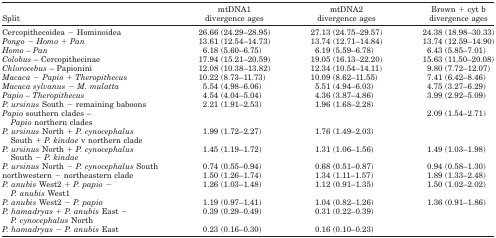
<table><thead><tr><td><b>Split</b></td><td><b>mtDNA1 divergence ages</b></td><td><b>mtDNA2 divergence ages</b></td><td><b>Brown + cyt b divergence ages</b></td></tr></thead><tbody><tr><td>Cercopithecoidea − Hominoidea</td><td>26.66 (24.29–28.95)</td><td>27.13 (24.75–29.57)</td><td>24.38 (18.98–30.33)</td></tr><tr><td><i>Pongo − Homo + Pan</i></td><td>13.61 (12.54–14.73)</td><td>13.74 (12.71–14.84)</td><td>13.74 (12.59–14.90)</td></tr><tr><td><i>Homo – Pan</i></td><td>6.18 (5.60–6.75)</td><td>6.19 (5.59–6.78)</td><td>6.43 (5.85–7.01)</td></tr><tr><td><i>Colobus</i> – Cercopithecinae</td><td>17.94 (15.21–20.59)</td><td>19.05 (16.13–22.20)</td><td>15.63 (11.50–20.08)</td></tr><tr><td><i>Chlorocebus</i> – Papionini</td><td>12.08 (10.38–13.82)</td><td>12.34 (10.54–14.11)</td><td>9.80 (7.72–12.07)</td></tr><tr><td><i>Macaca − Papio + Theropithecus</i></td><td>10.22 (8.73–11.73)</td><td>10.09 (8.62–11.55)</td><td>7.41 (6.42–8.46)</td></tr><tr><td><i>Macaca sylvanus − M. mulatta</i></td><td>5.54 (4.98–6.06)</td><td>5.51 (4.94–6.03)</td><td>4.75 (3.27–6.29)</td></tr><tr><td><i>Papio – Theropithecus</i></td><td>4.54 (4.04–5.04)</td><td>4.36 (3.87–4.86)</td><td>3.99 (2.92–5.09)</td></tr><tr><td><i>P. ursinus</i> South − remaining baboons</td><td>2.21 (1.91–2.53)</td><td>1.96 (1.68–2.28)</td><td></td></tr><tr><td><i>Papio</i> southern clades – <i>Papio</i> northern clades</td><td></td><td></td><td>2.09 (1.54–2.71)</td></tr><tr><td><i>P. ursinus</i> North + <i>P. cynocephalus</i> South + <i>P. kindae</i> v northern clade</td><td>1.99 (1.72–2.27)</td><td>1.76 (1.49–2.03)</td><td></td></tr><tr><td><i>P. ursinus</i> North + <i>P. cynocephalus</i> South − <i>P. kindae</i></td><td>1.45 (1.19–1.72)</td><td>1.31 (1.06–1.56)</td><td>1.49 (1.03–1.98)</td></tr><tr><td><i>P. ursinus</i> North − <i>P. cynocephalus</i> South</td><td>0.74 (0.55–0.94)</td><td>0.68 (0.51–0.87)</td><td>0.94 (0.58–1.30)</td></tr><tr><td>northwestern − northeastern clade</td><td>1.50 (1.26–1.74)</td><td>1.34 (1.11–1.57)</td><td>1.89 (1.33–2.48)</td></tr><tr><td><i>P. anubis</i> West2 + <i>P. papio</i> − <i>P. anubis</i> West1</td><td>1.26 (1.03–1.48)</td><td>1.12 (0.91–1.35)</td><td>1.50 (1.02–2.02)</td></tr><tr><td><i>P. anubis</i> West2 − <i>P. papio</i></td><td>1.19 (0.97–1.41)</td><td>1.04 (0.82–1.26)</td><td>1.36 (0.91–1.86)</td></tr><tr><td><i>P. hamadryas</i> + <i>P. anubis</i> East − <i>P. cynocephalus</i> North</td><td>0.39 (0.29–0.49)</td><td>0.31 (0.22–0.39)</td><td></td></tr><tr><td><i>P. hamadryas − P. anubis</i> East</td><td>0.23 (0.16–0.30)</td><td>0.16 (0.10–0.23)</td><td></td></tr></tbody></table>